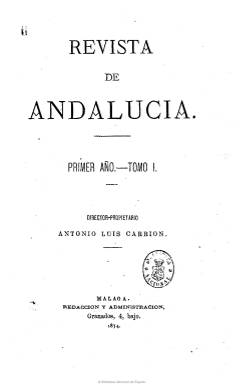
Título: Revista de Andalucía
Colección: Cultura
Ámbito geográfico: Málaga
Lugar de publicación: Málaga
Fechas: 01/01/1874-01/01/1879

Publicación de alto nivel científico y cultural que durante los primeros años de la Restauración edita y de la que es propietario el escritor y masón Antonio Luis Carrión, que había sido secretario de la Junta Revolucionaria de 1868 y diputado republicano federal en la constituyentes de 1869. En ella se va a dar cita la plana mayor del krausismo madrileño y otros prestigiosos catedráticos malagueños y andaluces, que darán a conocer avanzados estudios científicos sobre historia, filosofía, moral, ciencias, educación, cultura, crítica literaria, psicología, política, arquitectura, arqueología, sociología, agricultura, periodismo o antropología, estando abierta también a la propia creación literaria en prosa y verso.

Entre sus colaboradores aparecen Bernardo Giner de los Ríos, Eduardo Chao, Luis de Rute, Miguel Morayta, Gonzalo Serrano, Rafael María de Labra, Eduardo Bustillo, Ventura Ruiz Aguilera, Dámaso Delgado López, Eugenio Montero Ríos, Francisco Utrilla, Francisco Giner de los Ríos, A. Fernández Merino, Nicolás Díaz Pérez, Francisco María Tubino y Roda, Ramón León Maínez, Abdón de Paz, Rafael Atienza, Manuel M. Palomo, Eduardo J. Navarro, F. Rando y Barzo, Luis Martino, Francisco Flores García, Nicolás Salmerón Alonso, fray Ceferino González o Sofía Tartillán y La Baronesa de Wilson, entre otros.

Entre sus objetivos aparece el de “educar, ilustrar y moralizar al pueblo” y no será enteramente extraña a la actualidad política y el propio Carrión será el autor de la sección “Revista política”. Rafael García Álvarez llegará a publicar hasta seis artículos precursores en España sobre el darwinismo. Contará también con un “Boletín bibliográfico”. Asimismo, Manuel Corchado publicará varias traducciones de la literatura clásica.

De frecuencia quincenal, aparecerá los días 10 y 25 de cada mes, a partir de octubre de 1874 y hasta el 25 diciembre de 1879, en números con paginación variada (48 y 60 páginas), compuestos a una columna y formando su colección diez tomos, de unas trescientas páginas cada uno, con la inclusión de los sumarios, al final de cada uno. Al parecer, en 1876 trasladó su redacción a Madrid, volviendo al año siguiente a establecerla en Málaga. Elías Mateo Avilés ha realizado una primera aproximación a esta revista, publicada en 1987 en Actas del II Congreso sobre Andalucismo Histórico.